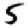
Digit: 5